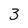
Character: 3